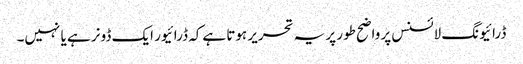
ڈرائیونگ لائسنس پر واضح طور پر یہ تحریر ہوتا ہےکہ ڈرائیور ایک ڈونر ہے یا نہیں۔